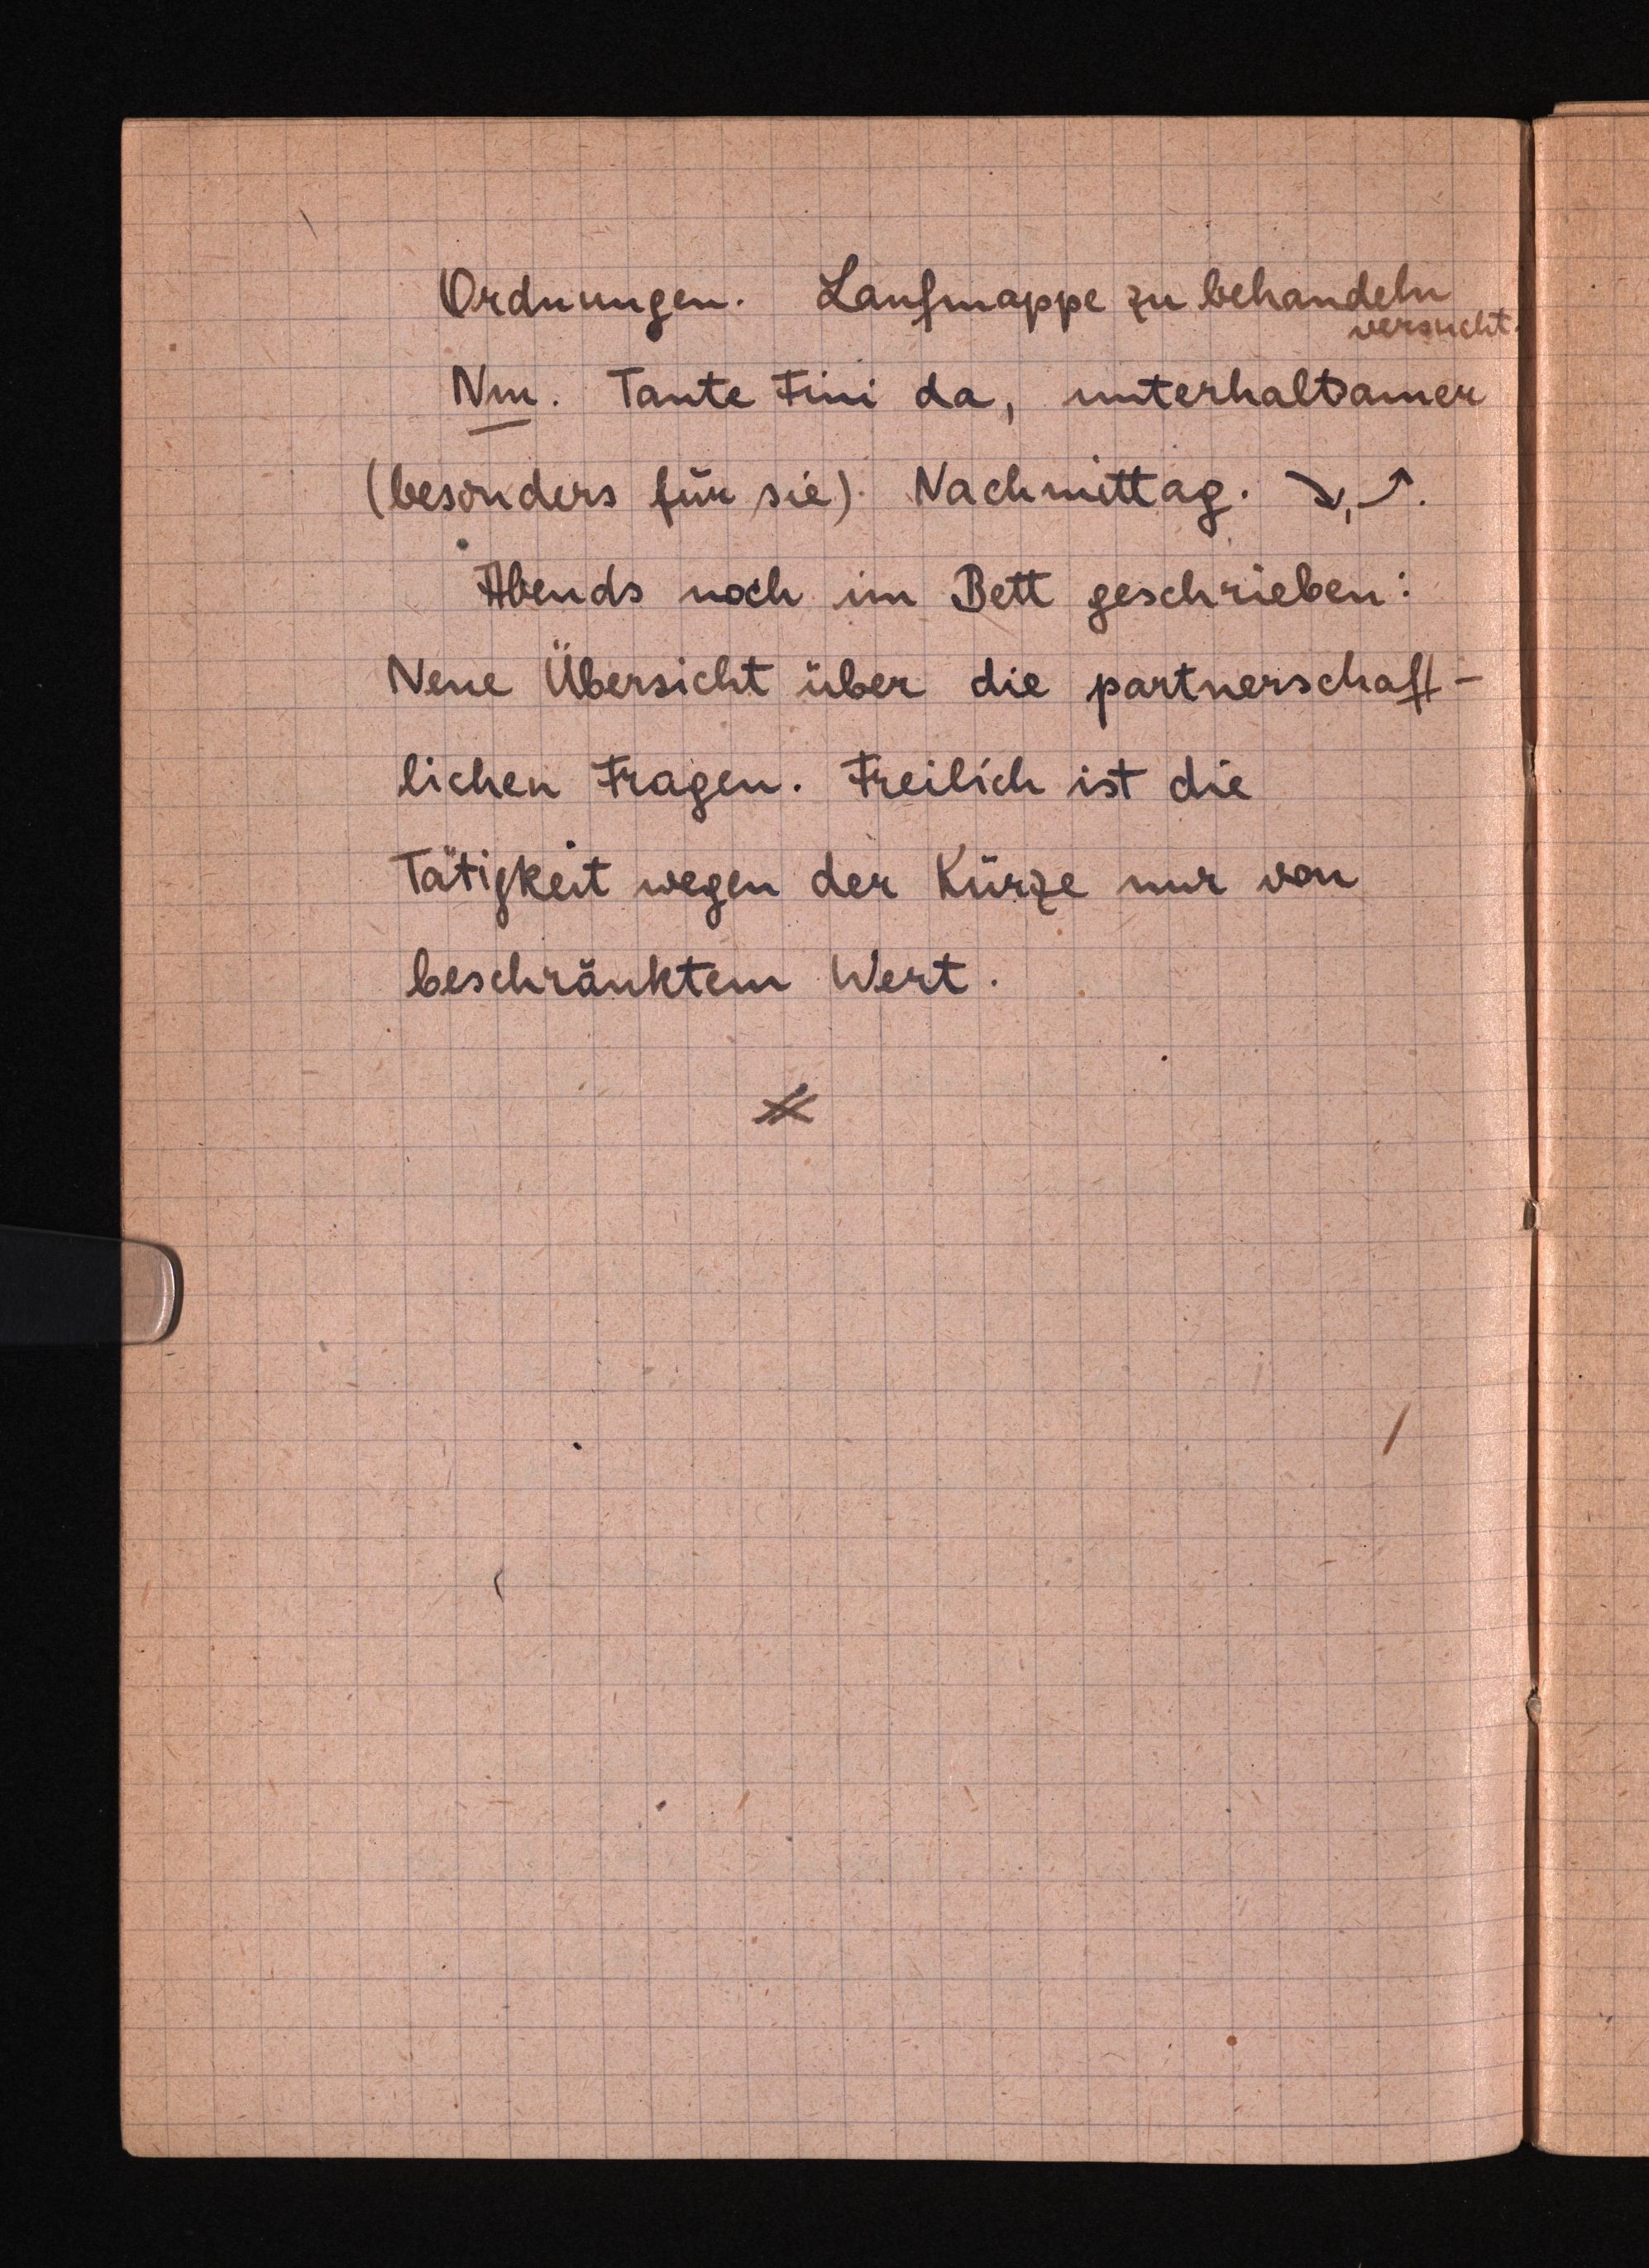
Ordnungen. Laufmappe zu behandeln
versucht
Nm. Tante Fini da, unterhaltsamer
(besonders für sie). Nachmittag. D, 1.
Abends noch im Bett geschrieben.
Neue Übersicht über die partnerschaft¬
lichen Fragen. Freilich ist die
Tatigkeit wegen der Kürze nir von
beschränktem Wert.